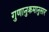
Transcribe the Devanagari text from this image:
गुणानुक्रमानुसार